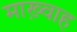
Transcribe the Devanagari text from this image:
माख़्वाह